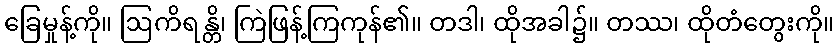
ခြေမှုန့်ကို။ ဩကိရန္တိ၊ ကြဲဖြန့်ကြကုန်၏။ တဒါ၊ ထိုအခါ၌။ တဿ၊ ထိုတံတွေးကို။